Leaving Certificate Examination, 1912
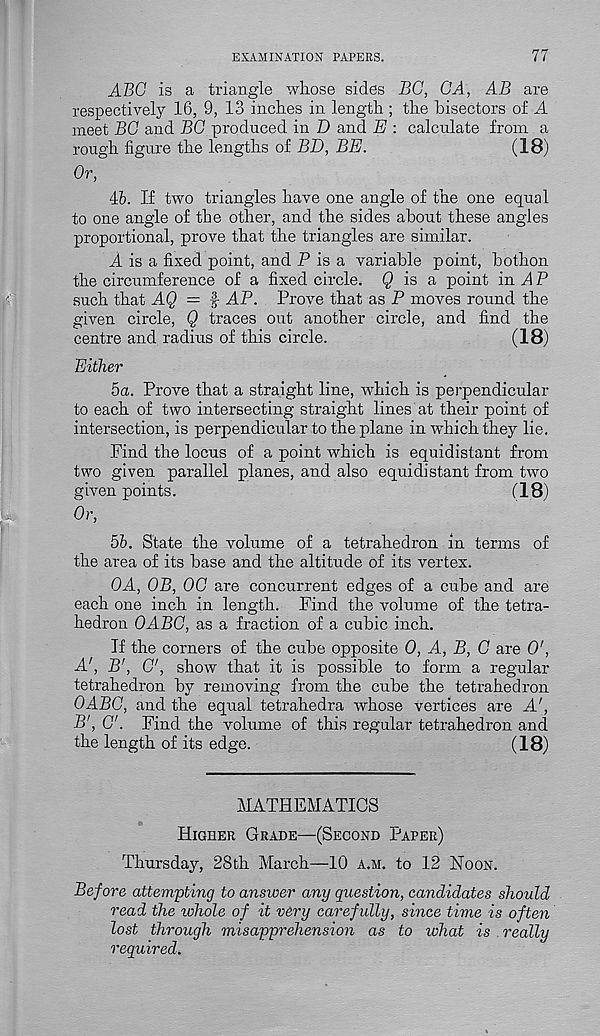
EXAMINATION PAPERS.
77
ABC is a triangle whose sides BC, CA, AB are
respectively 16, 9, 13 inches in length ; the bisectors of A
meet BC and BC produced in D and E : calculate from a
rough figure the lengths of BD, BE.
(18)
Or,
46. If two triangles have one angle of the one equal
to one angle of the other, and the sides about these angles
proportional, prove that the triangles are similar.
A is a fixed point, and P is a variable point, bothon
the circumference of a fixed circle. § is a point in A P
such that AQ = f- AP. Prove that as P moves round the
given circle, Q traces out another circle, and find the
centre and radius of this circle.
(18)
Either
5a. Prove that a straight line, which is perpendicular
to each of two intersecting straight lines at their point of
intersection, is perpendicular to the plane in which they lie.
Find the locus of a point which is equidistant from
two given parallel planes, and also equidistant from two
given points.
(18)
Or,
56. State the volume of a tetrahedron in terms of
the area of its base and the altitude of its vertex.
OA, OB, OC are concurrent edges of a cube and are
each one inch in length. Find the volume of the tetra-
hedron OABC, as a fraction of a cubic inch.
If the corners of the cube opposite 0, A, B, C are O',
A', B', C, show that it is possible to form a regular
tetrahedron by removing from the cube the tetrahedron
OABC, and the equal tetrahedra whose vertices are A',
B', C. Find the volume of this regular tetrahedron and
the length of its edge.
(18)
MATHEMATICS
Higher Grade—(Second Paper)
Thursday, 28th March—10 a.m. to 12 Noon.
Before attempting to answer any question, candidates should
read the lohole of it very carefidly, since time is often
lost through misapprehension as to what is really
required.